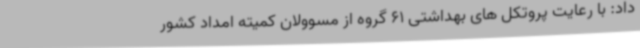
داد: با رعایت پروتکل های بهداشتی 61 گروه از مسوولان کمیته امداد کشور